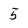
Character: 5